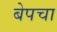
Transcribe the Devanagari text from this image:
बेपचा